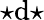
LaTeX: {\star}\mathrm{d}{\star}